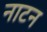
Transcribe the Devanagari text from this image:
नाटन